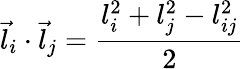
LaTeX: \vec{l}_{i}\cdot\vec{l}_{j}=\frac{l_{i}^{2}+l_{j}^{2}-l_{ij}^{2}}{2}